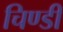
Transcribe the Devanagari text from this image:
चिण्डी